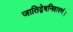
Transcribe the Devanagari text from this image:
जातिद्वेषनिवारणं।